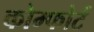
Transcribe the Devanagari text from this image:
कोम्फोर्ट